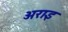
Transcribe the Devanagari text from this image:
अराइ